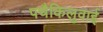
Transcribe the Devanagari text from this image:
पचैकिलुवाई